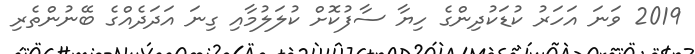
2019 ވަނަ އަހަރު ކުޑަކުދިންގެ ހިޔާ ސާފުކޮށް ކުލަލުމާއި ގިނަ އަދަދެއްގެ ބޭނުންތެރި